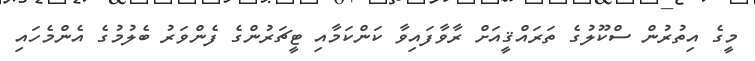
މީގެ އިތުރުން ސްކޫލުގެ ތަރައްޤީއަށް ރާވާފައިވާ ކަންކަމާއި ޓީޗަރުންގެ ފެންވަރު ބެލުމުގެ އެންމެހައި